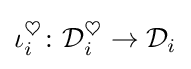
\iota _{i}^{\heartsuit }\colon {\mathcal {D}}_{i}^{\heartsuit }\to {\mathcal {D}}_{i}